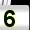
Digit: 5